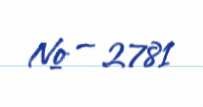
№ — 2781